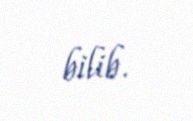
bilib.